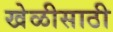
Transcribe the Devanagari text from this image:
खेळीसाठी